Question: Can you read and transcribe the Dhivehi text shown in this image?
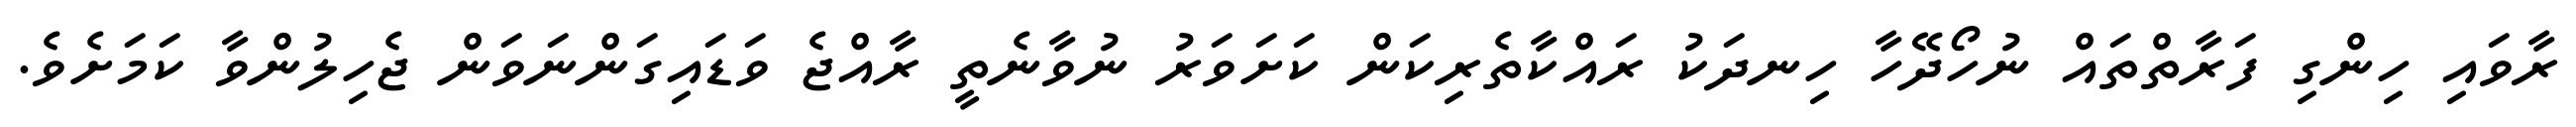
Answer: ރާވައި ހިންގި ފަރާތްތައް ނުހޯދޭހާ ހިނދަކު ރައްކާތެރިކަން ކަށަވަރު ނުވާނެތީ ރާއްޖެ ވަޑައިގަންނަވަން ޖެހިލުންވާ ކަމަށެވެ.